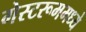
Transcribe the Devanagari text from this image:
गेस्टरूममध्ये